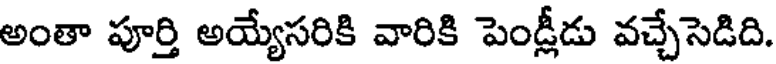
అంతా పూర్తి అయ్యేసరికి వారికి పెండ్లీడు వచ్చేసెడిది.